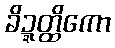
ခိဍ္ဍတ္ထိကော